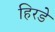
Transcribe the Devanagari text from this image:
हिरडे